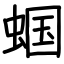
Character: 蝈